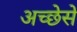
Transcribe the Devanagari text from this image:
अच्छेसे